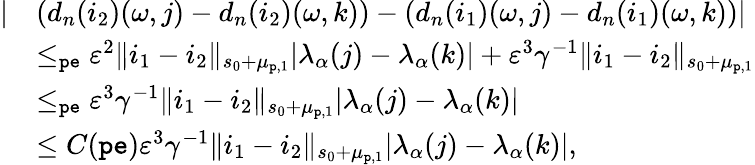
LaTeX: \begin{array}{rl}{|}&{\left(d_{n}(i_{2})(\omega,j)-d_{n}(i_{2})(\omega,k)\right)-\left(d_{n}(i_{1})(\omega,j)-d_{n}(i_{1})(\omega,k)\right)|}\\ &{\le_{\mathtt{pe}}\varepsilon^{2}\rVert i_{1}-i_{2}\rVert_{s_{0}+\mu_{\mathtt{p},1}}|\lambda_{\alpha}(j)-\lambda_{\alpha}(k)|+\varepsilon^{3}\gamma^{-1}\rVert i_{1}-i_{2}\rVert_{s_{0}+\mu_{\mathtt{p},1}}}\\ &{\le_{\mathtt{pe}}\varepsilon^{3}\gamma^{-1}\rVert i_{1}-i_{2}\rVert_{s_{0}+\mu_{\mathtt{p},1}}|\lambda_{\alpha}(j)-\lambda_{\alpha}(k)|}\\ &{\le C({\mathtt{pe}})\varepsilon^{3}\gamma^{-1}\rVert i_{1}-i_{2}\rVert_{s_{0}+\mu_{\mathtt{p},1}}|\lambda_{\alpha}(j)-\lambda_{\alpha}(k)|,}\end{array}